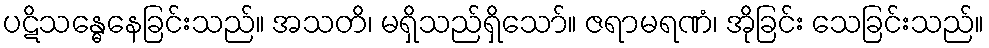
ပဋိသန္ဓေနေခြင်းသည်။ အသတိ၊ မရှိသည်ရှိသော်။ ဇရာမရဏံ၊ အိုခြင်း သေခြင်းသည်။